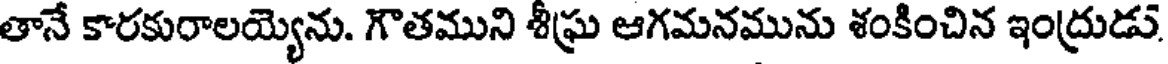
తానే కారకురాలయ్యెను. గౌతముని శీఘ్ర ఆగమనమును శంకించిన ఇంద్రుడు